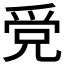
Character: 𤔓